Report of the Indian Hemp Drugs Commission, 1894-1895 - Volume VII
Year: 1894
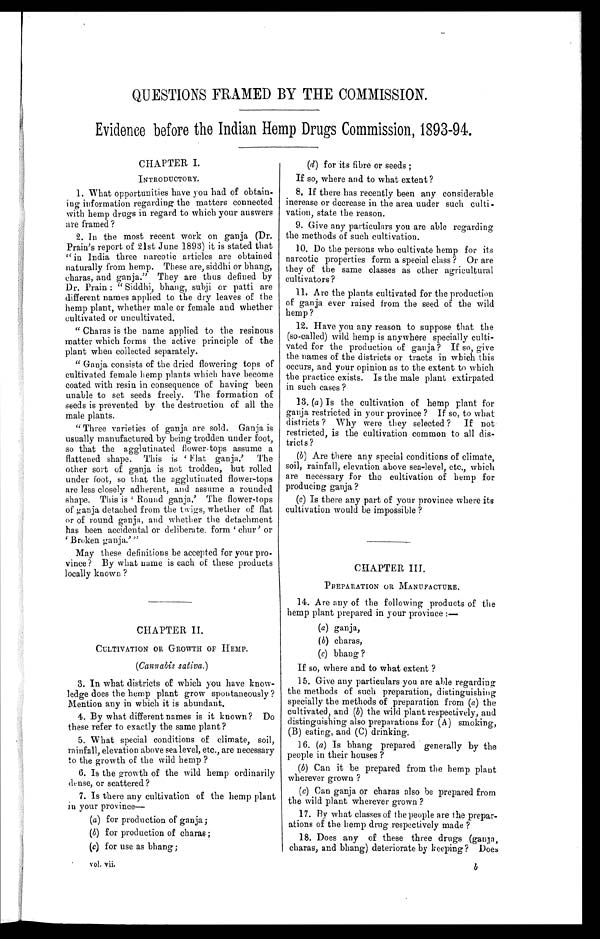
QUESTIONS FRAMED BY THE COMMISSION.
Evidence before the Indian Hemp Drugs Commission, 1893-94.
CHAPTER I.
INTRODUCTORY.
1. What opportunities have you had of obtain
- i n g i n f o r m a t i o n r e g a r d i n g t h e m a t t e r s c o n n e c t e d
with hemp drugs in regard to which your answers
are framed?
2. In the most recent work on ganja (Dr.
Prain's report of 21st June 1893) it is stated that
" in India three narcotic articles are obtained
naturally from hemp. These are, siddhi or bhang,
charas, and ganja." They are thus defined by
Dr. Prain: "Siddhi, bhang, subji or patti are
different names applied to the dry leaves of the
hemp plant, whether male or female and whether
cultivated or uncultivated.
" Charas is the name applied to the resinous
matter which forms the active principle of the
plant when collected separately.
" Ganja consists of the dried flowering tops of
cultivated female hemp plants which have become
coated with resin in consequence of having been
unable to set seeds freely. The formation of
seeds is prevented by the destruction of all the
male plants.
"Three varieties of ganja are sold, Ganja is
usually manufactured by being trodden under foot,
so that the agglutinated flower-tops assume a
flattened shape. This is 'Flat ganja' The
other sort of ganja is not trodden, but rolled
under foot, so that the agglutinated flower-tops
are less closely adherent, and assume a rounded
shape. This is ' Round ganja,' The flower-tops
of ganja detached from the twigs, whether of flat
or of round ganja, and whether the detachment
has been accidental or deliberate, form 'chur' or
''Broken ganja.' "
May these definitions be accepted for your pro-
vince? By what name is each of these products
locally known?
CHAPTER II.
CULTIVATION OR GROWTH OF HEMP.
(Cannabis sativa.)
3. In what districts of which you have know-
ledge does the hemp plant grow spontaneously?
Mention any in which it is abundant.
4. By what different names is it known? Do
these refer to exactly the same plant?
5. What special conditions of climate, soil,
rainfall, elevation above sea level, etc., are necessary
to the growth of the wild hemp?
6. Is the growth of the wild hemp ordinarily
dense, or scattered?
7. Is there any cultivation of the hemp plant
in your province
—
(a) for production of ganja;
(b) for production of charas;
(c) for use as bhang;
(d) for its fibre or seeds;
If so, where and to what extent?
8. If there has recently been any considerable
increase or decrease in the area under such culti-
vation, state the reason.
9. Give any particulars you are able regarding
the methods of such cultivation.
10. Do the persons who cultivate hemp for its
narcotic properties form a special class? Or are
they of the same classes as other agricultural
cultivators?
11. Are the plants cultivated for the production
of ganja ever raised from the seed of the wild
hemp?
12. Have you any reason to suppose that the
(so-called) wild hemp is anywhere specially culti-
vated for the production of ganja? If so, give
the names of the districts or tracts in which this
occurs, and your opinion as to the extent to which
the practice exists. Is the male plant extirpated
in such cases?
13. (a ) Is the cultivation of hemp plant for
ganja restricted in your province? If so, to what
districts? Why were they selected? If not
restricted, is the cultivation common to all dis-
tricts?
(b) Are there any special conditions of climate,
soil, rainfall, elevation above sea-level, etc., which
are necessary for the cultivation of hemp for
producing ganja?
(c) Is there any part of your province where its
cultivation would be impossible?
CHAPTER III.
PREPARATION OR MANUFACTURE.
14. Are any of the following products of the
hemp plant prepared in your province
:—
(a) ganja,
(b) charas,
(c) bhang?
If so, where and to what extent?
15. Give any particulars you are able regarding
the methods of such preparation, distinguishing
specially the methods of preparation from (a) the
cultivated, and (b) the wild plant respectively, and
distinguishing also preparations for (A) smoking,
(B) eating, and (C) drinking.
16. (a) Is bhang prepared generally by the
people in their houses?
(b) Can it be prepared from the hemp plant
wherever grown?
(c) Can ganja or charas also be prepared from
the wild plant wherever grown?
17. By what classes of the people are the prepar-
ations of the hemp drug respectively made?
18. Does any of these three drugs (ganja,
charas, and bhang) deteriorate by keeping? Does
-Vol.